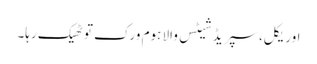
اوریکل، سپریڈ شیٹس والا ہوم ورک تو ٹھیک رہا۔